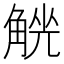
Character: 𧤄